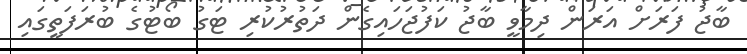
ބާޖު ފަރަށް އަރަން ދިމާވީ ބާޖު ކަފުޖަހައިގެން ދަތުރުކުރި ޓަގު ބޯޓުގެ ބުރަފަތީގައި